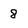
Character: 8